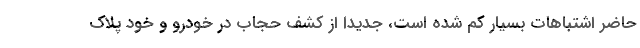
حاضر اشتباهات بسیار کم شده است، جدیدا از کشف حجاب در خودرو و خود پلاک